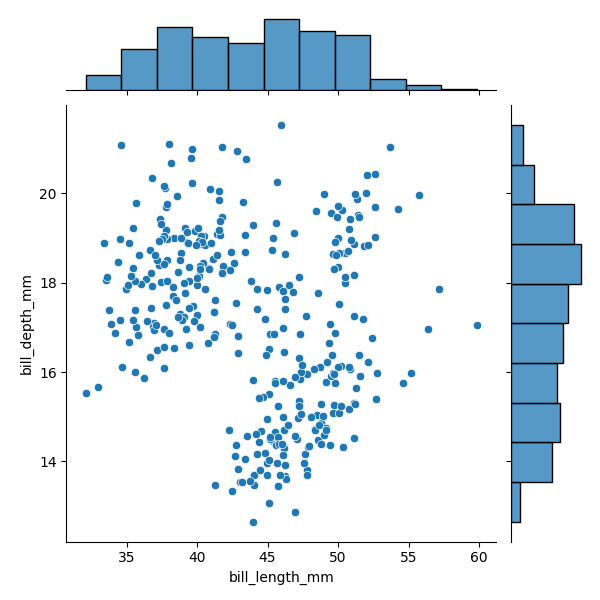
python, seaborn, JointGrid, scatterplot, histplot